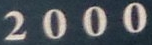
2000